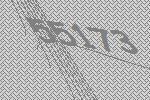
55173